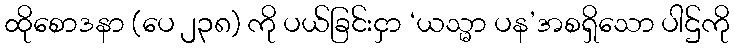
ထိုစောဒနာ (ပေ ၂၃၈) ကို ပယ်ခြင်းငှာ ‘ယသ္မာ ပန’အစရှိသော ပါဌ်ကို